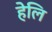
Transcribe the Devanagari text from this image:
हेलि